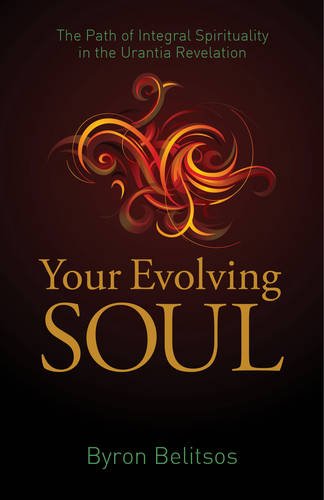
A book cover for Your Evolving Soul: The Path of Integral Spirituality in the Urantia Revelation; Byron Belitsos; Religion & Spirituality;